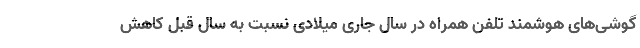
گوشی‌های هوشمند تلفن همراه در سال جاری میلادی نسبت به سال قبل کاهش